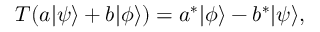
T ( a \vert \psi \rangle + b \vert \phi \rangle ) = a ^ { * } \vert \phi \rangle - b ^ { * } \vert \psi \rangle ,